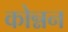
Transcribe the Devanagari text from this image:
कोन्नन